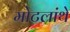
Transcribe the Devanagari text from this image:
मोटलांथे